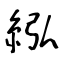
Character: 紭